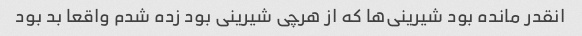
انقدر مانده بود شیرینی‌ها که از هرچی شیرینی بود زده شدم واقعا بد بود